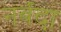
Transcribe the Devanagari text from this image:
नर्बदा